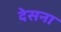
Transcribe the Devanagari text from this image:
देसना